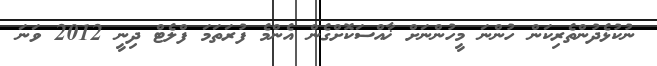
ނުކުޅެދުންތެރިކަން ހުންނަ މީހުންނަށް ޚާއްސަކޮށްގެން އެންމެ ފުރަތަމަ ފްލެޓް ދިނީ 2012 ވަނަ